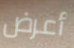
أعرض